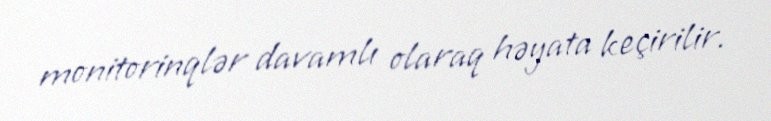
monitorinqlər davamlı olaraq həyata keçirilir.